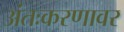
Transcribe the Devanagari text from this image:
अंतःकरणावर